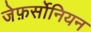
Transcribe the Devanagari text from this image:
जेफ़र्सोनियन